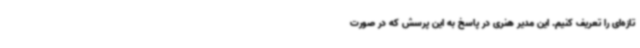
تازه‌ای را تعریف کنیم. این مدیر هنری در پاسخ به این پرسش که در صورت